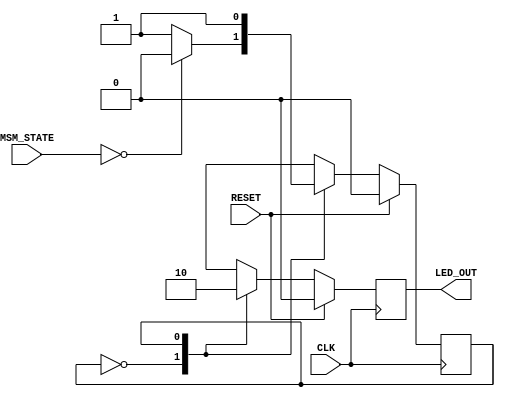
`timescale 1ns / 1ps
//////////////////////////////////////////////////////////////////////////////////
// Company: 
// Engineer: 
// 
// Design Name: 
// Module Name: Led_Display_SM
// Project Name: 
// Target Devices: 
// Tool Versions: 
// Description: 
// 
// Dependencies: 
// 
// Revision:
// Revision 0.01 - File Created
// Additional Comments:
// 
//////////////////////////////////////////////////////////////////////////////////


module Led_SM(
    input CLK,
    input RESET,
    input [1:0] MSM_STATE,
    output LED_OUT
    );

    //SM code
    reg Curr_State;
    reg Next_State;
    
    reg Curr_LEDs;
    reg Next_LEDs;
    
    localparam IDLE = 1'b0;
    localparam END = 1'b1;
    
    //Sequential logic
    always@(posedge CLK) begin
        if(RESET) begin
            Curr_State <= IDLE;
            Curr_LEDs <= 1'b0;
        end
        else begin
            Curr_State <= Next_State;
            Curr_LEDs <= Next_LEDs;
        end
    end
    
    always@(MSM_STATE or Curr_State) begin
        case(Curr_State)
        //Idle state
           IDLE : begin
                if(MSM_STATE == 2'd0)
                    Next_State <= Curr_State;
                else
                    Next_State <= END;
                Next_LEDs <= 1'b1;
            end

            // Finished state
            END : begin
            // Return to idle state
                Next_State <= Curr_State;
                Next_LEDs <= 1'b0;
            end
            
        endcase
    end
    
    assign LED_OUT = Curr_LEDs;

endmodule